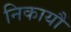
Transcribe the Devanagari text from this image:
निकायौं